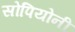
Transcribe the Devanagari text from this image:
सोपियोनी